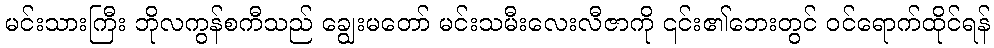
မင်းသားကြီး ဘိုလကွန်စကီသည် ချွေးမတော် မင်းသမီးလေးလီဇာကို ၎င်း၏ဘေးတွင် ဝင်ရောက်ထိုင်ရန်